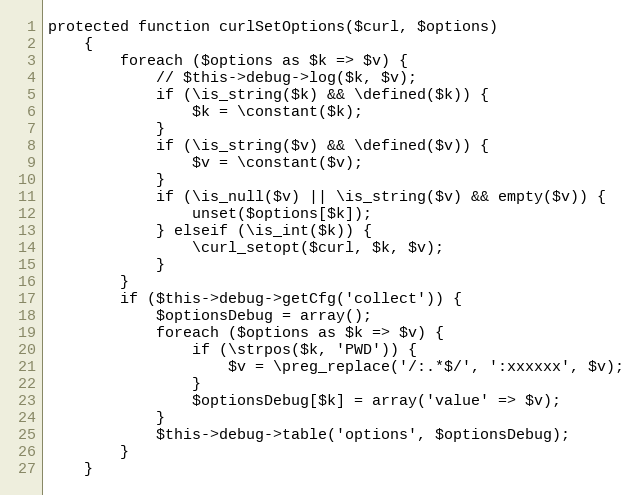
Language: PHP
protected function curlSetOptions($curl, $options)
    {
        foreach ($options as $k => $v) {
            // $this->debug->log($k, $v);
            if (\is_string($k) && \defined($k)) {
                $k = \constant($k);
            }
            if (\is_string($v) && \defined($v)) {
                $v = \constant($v);
            }
            if (\is_null($v) || \is_string($v) && empty($v)) {
                unset($options[$k]);
            } elseif (\is_int($k)) {
                \curl_setopt($curl, $k, $v);
            }
        }
        if ($this->debug->getCfg('collect')) {
            $optionsDebug = array();
            foreach ($options as $k => $v) {
                if (\strpos($k, 'PWD')) {
                    $v = \preg_replace('/:.*$/', ':xxxxxx', $v);
                }
                $optionsDebug[$k] = array('value' => $v);
            }
            $this->debug->table('options', $optionsDebug);
        }
    }